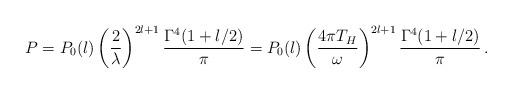
LaTeX: \begin{align*}P = P_0(l) \left( \frac{2}{\lambda}\right)^{2l+1}\frac{\Gamma^4(1+l/2)}{\pi} = P_0(l) \left( \frac{4\pi T_H}{\omega}\right)^{2l+1}\frac{\Gamma^4 (1+l/2)}{\pi}\,.\end{align*}